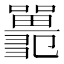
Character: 𡄞